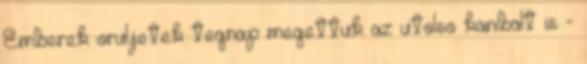
Emberek oruljetek tegnap megettuk az utolso kanibalt is -